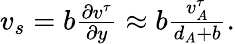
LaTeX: \begin{array}{r}{v_{s}=b\frac{\partial v^{\tau}}{\partial y}\approx b\frac{v_{A}^{\tau}}{d_{A}+b}.}\end{array}